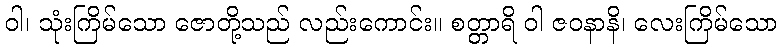
ဝါ၊ သုံးကြိမ်သော ဇောတို့သည် လည်းကောင်း။ စတ္တာရိ ဝါ ဇဝနာနိ၊ လေးကြိမ်သော